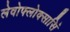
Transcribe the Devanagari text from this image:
लेवोफ्लोक्सासिं